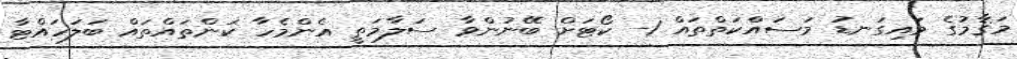
މަޤާމުގެ މައިގަނޑު މަސައްކަތްތައް 1- ކޯޓަށް ބޭނުންވާ ސަލާމަތީ އެންމެހާ ކަންތައްތައް ބަލަހައްޓާ